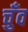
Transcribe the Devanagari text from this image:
चुँव